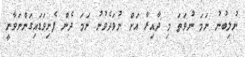
ނުލިބުނު ނަމަ ނުވަތަ މި ދާއިރާ އަށް ނުވަދެވުނު ނަމަ ދެން ފެނިވަޑައިގަންނަވާނީ